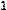
1